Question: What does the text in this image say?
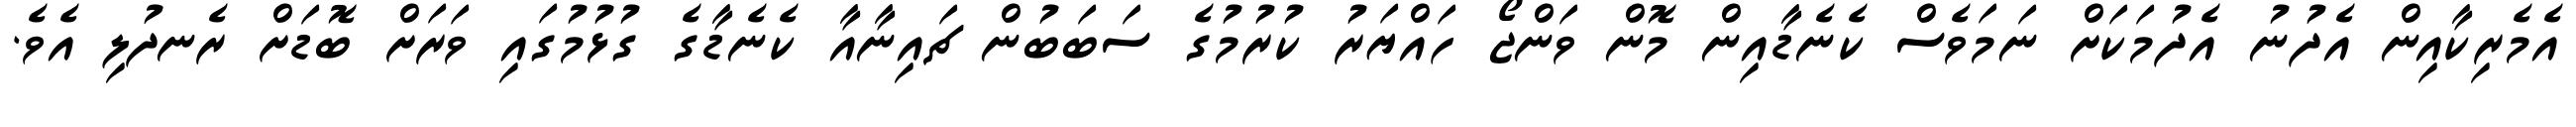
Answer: އެމެރިކާއިން އެދުނު އެދުމަކަށް ނަމަވެސް ކެނެޑާއިން މޮން ވަންޖޯ ހައްޔަރު ކުރުމުގެ ސަބަބުން ޗައިނާއާ ކެނެޑާގެ ގުޅުމުގައި ވަރަށް ބޮޑަށް ރެނދުލި އެވެ.